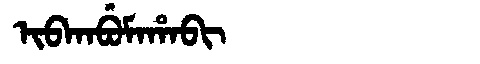
Manchu: ᡳᠪᡴᠠᠪᡠᠮᠠᡥᠠᠪᡳ
Romanization: IBKABUMAHABI